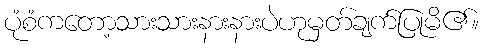
ပုံစံကတော့သားသားနားနားပဲဟုမှတ်ချက်ပြုမိ၏။